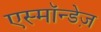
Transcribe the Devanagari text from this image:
एस्मॉन्डेज़